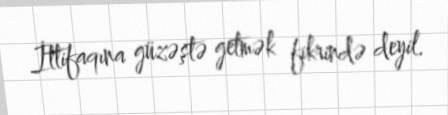
İttifaqına güzəştə getmək fikrində deyil.